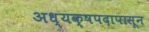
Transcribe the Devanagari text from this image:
अध्यक्षपदापासून